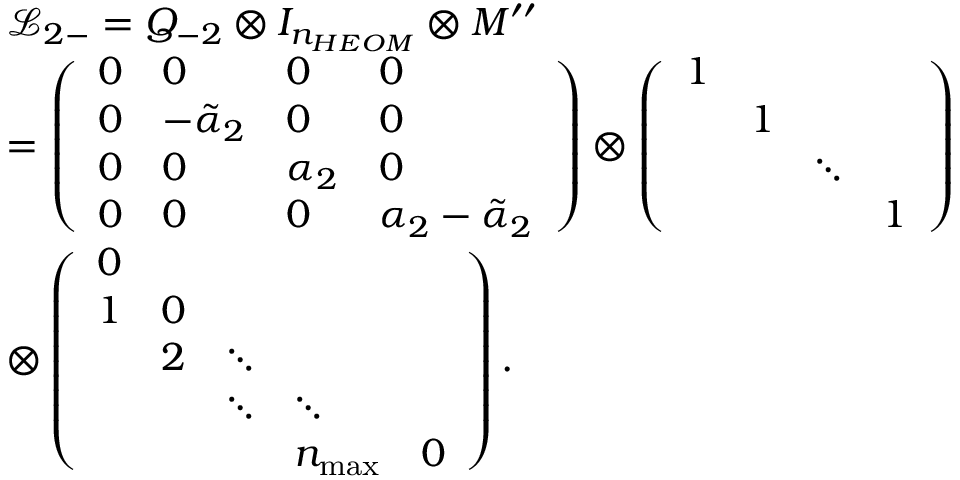
\begin{array} { r l } & { { \mathcal { L } _ { 2 - } } = { { Q } _ { - 2 } } \otimes { { I } _ { { { n } _ { H E O M } } } } \otimes M ^ { \prime \prime } } \\ & { = \left( \begin{array} { l l l l } { 0 } & { 0 } & { 0 } & { 0 } \\ { 0 } & { { { { - \tilde { \alpha } } } _ { 2 } } } & { 0 } & { 0 } \\ { 0 } & { 0 } & { { { \alpha } _ { 2 } } } & { 0 } \\ { 0 } & { 0 } & { 0 } & { { { \alpha } _ { 2 } } - { { { \tilde { \alpha } } } _ { 2 } } } \end{array} \right) \otimes \left( \begin{array} { l l l l } { 1 } & { } & { } & { } \\ { } & { 1 } & { } & { } \\ { } & { } & { \ddots } & { } \\ { } & { } & { } & { 1 } \end{array} \right) } \\ & { \otimes \left( \begin{array} { l l l l l } { 0 } & { } & { } & { } & { } \\ { 1 } & { 0 } & { } & { } & { } \\ { } & { { 2 } } & { \ddots } & { } & { } \\ { } & { } & { \ddots } & { \ddots } & { } \\ { } & { } & { } & { { { n } _ { \operatorname* { m a x } } } } & { 0 } \end{array} \right) . } \end{array}